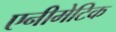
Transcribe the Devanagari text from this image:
एनीमेटिक